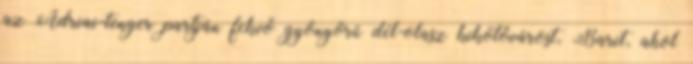
az Adriai-tenger partján fekvő gyönyörű dél-olasz kikötővárost, Barit, ahol